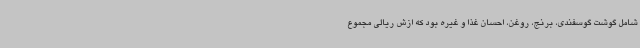
شامل گوشت گوسفندی، برنج، روغن، احسان غذا و غیره بود که ازش ریالی مجموع